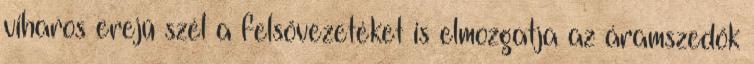
viharos erejű szél a felsővezetéket is elmozgatja az áramszedők